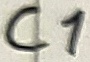
Text: C1